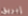
إبريق